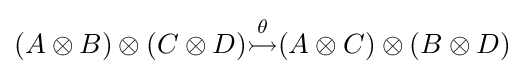
(A\otimes B)\otimes (C\otimes D){\stackrel {\theta }{\rightarrowtail }}(A\otimes C)\otimes (B\otimes D)